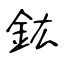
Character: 鈜